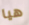
هيا